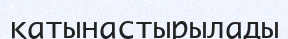
қатынастырылады